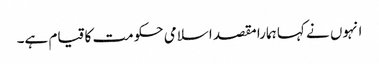
انہوں نے کہا ہمارا مقصد اسلامی حکومت کا قیام ہے۔